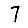
Digit: 7